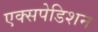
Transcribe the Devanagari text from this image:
एक्सपेडिशन